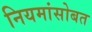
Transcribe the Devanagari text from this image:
नियमांसोबत